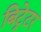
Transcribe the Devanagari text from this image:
बिट्रेटर